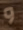
و